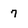
Character: 7